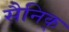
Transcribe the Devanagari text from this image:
सैनिक्